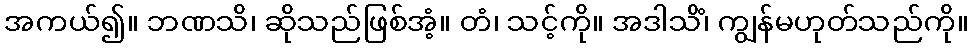
အကယ်၍။ ဘဏသိ၊ ဆိုသည်ဖြစ်အံ့။ တံ၊ သင့်ကို။ အဒါသိံ၊ ကျွန်မဟုတ်သည်ကို။